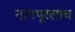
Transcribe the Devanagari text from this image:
नागपूरलाच